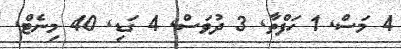
4 މަސް